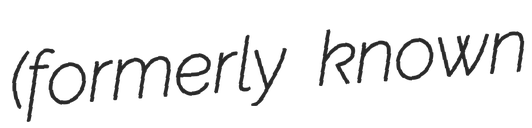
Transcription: (formerly known